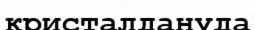
кристалдануда